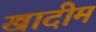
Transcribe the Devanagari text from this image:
खादीम